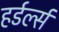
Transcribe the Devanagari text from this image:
हर्डर्ल्स